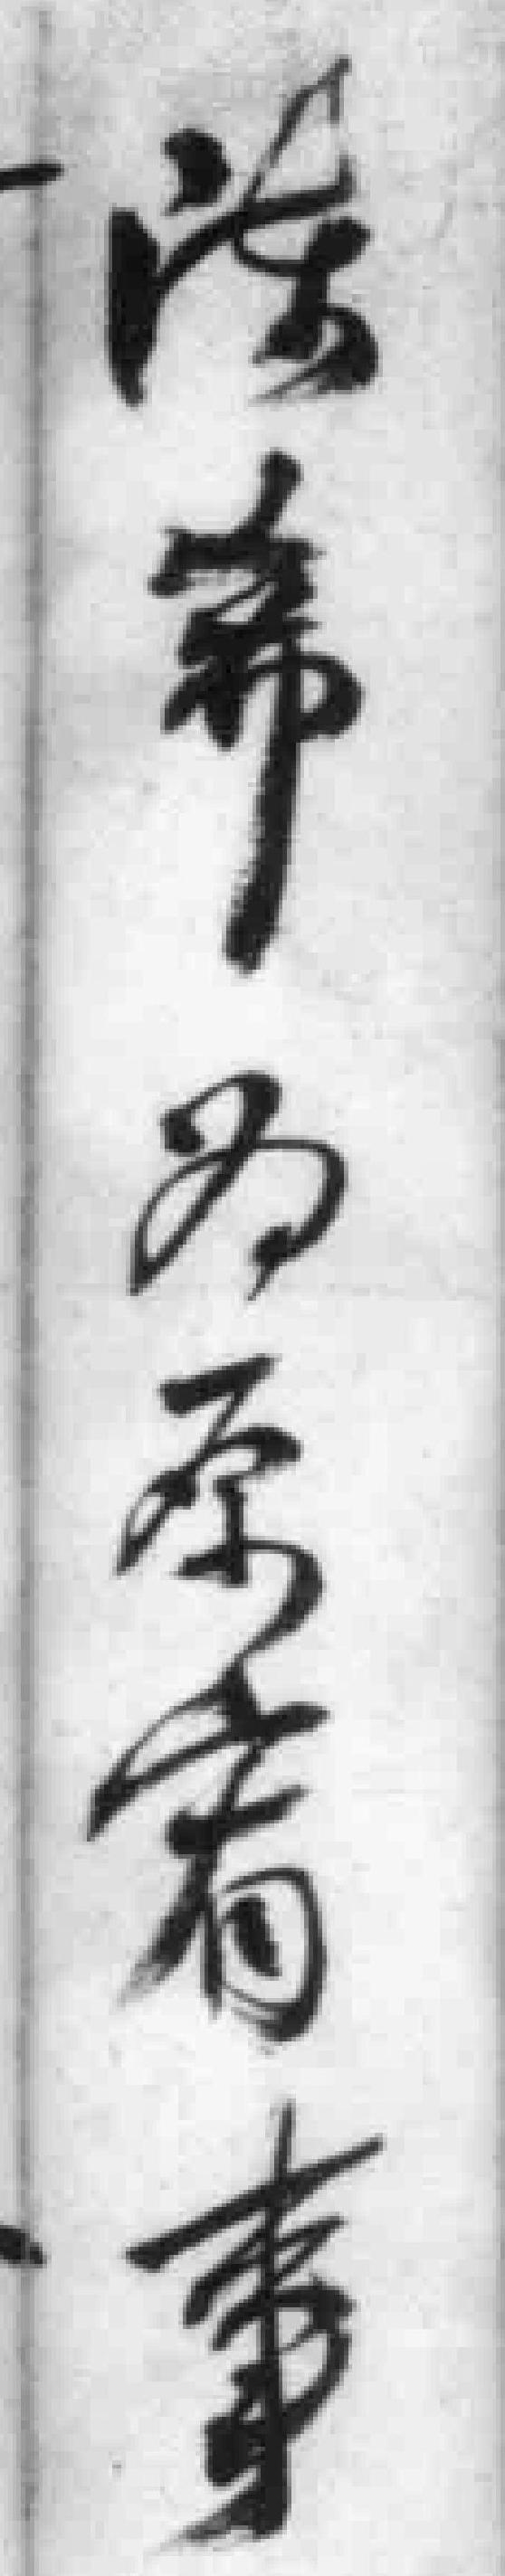
陈希为原宥事